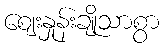
ဈေးနှုန်းချိုသာစွာ